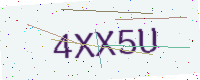
Text: 4XX5U